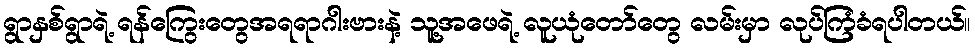
ရွာနှစ်ရွာရဲ့ ရန်ကြွေးတွေအရရာဂါးဗားနဲ့ သူ့အဖေရဲ့ လူယုံတော်တွေ လမ်းမှာ လုပ်ကြံခံရပါတယ်။